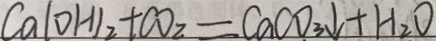
C a ( O H ) _ { 2 } + C O _ { 2 } = C a C O _ { 3 } \downarrow + H _ { 2 } O